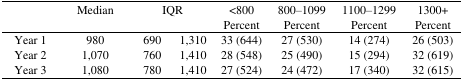
|  | Median | <COLSPAN=2> IQR | <800 | 800–1099 | 1100–1299 | 1300+ |
 |  |  |  |  | Percent | Percent | Percent | Percent |
 | --- | --- | --- | --- | --- | --- | --- | --- |
 | Year 1 | 980 | 690 | 1,310 | 33 (644) | 27 (530) | 14 (274) | 26 (503) |
 | Year 2 | 1,070 | 760 | 1,410 | 28 (548) | 25 (490) | 15 (294) | 32 (619) |
 | Year 3 | 1,080 | 780 | 1,410 | 27 (524) | 24 (472) | 17 (340) | 32 (615) |